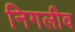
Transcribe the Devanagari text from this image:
निगलीव